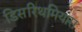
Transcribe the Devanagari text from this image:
डिसरिथमियास